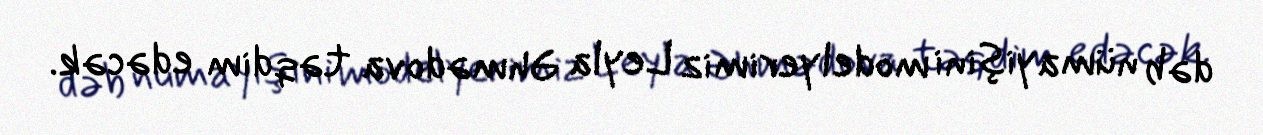
dəb nümayişini modelyerimiz Leyla Əhmədova təqdim edəcək.